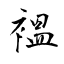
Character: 褞